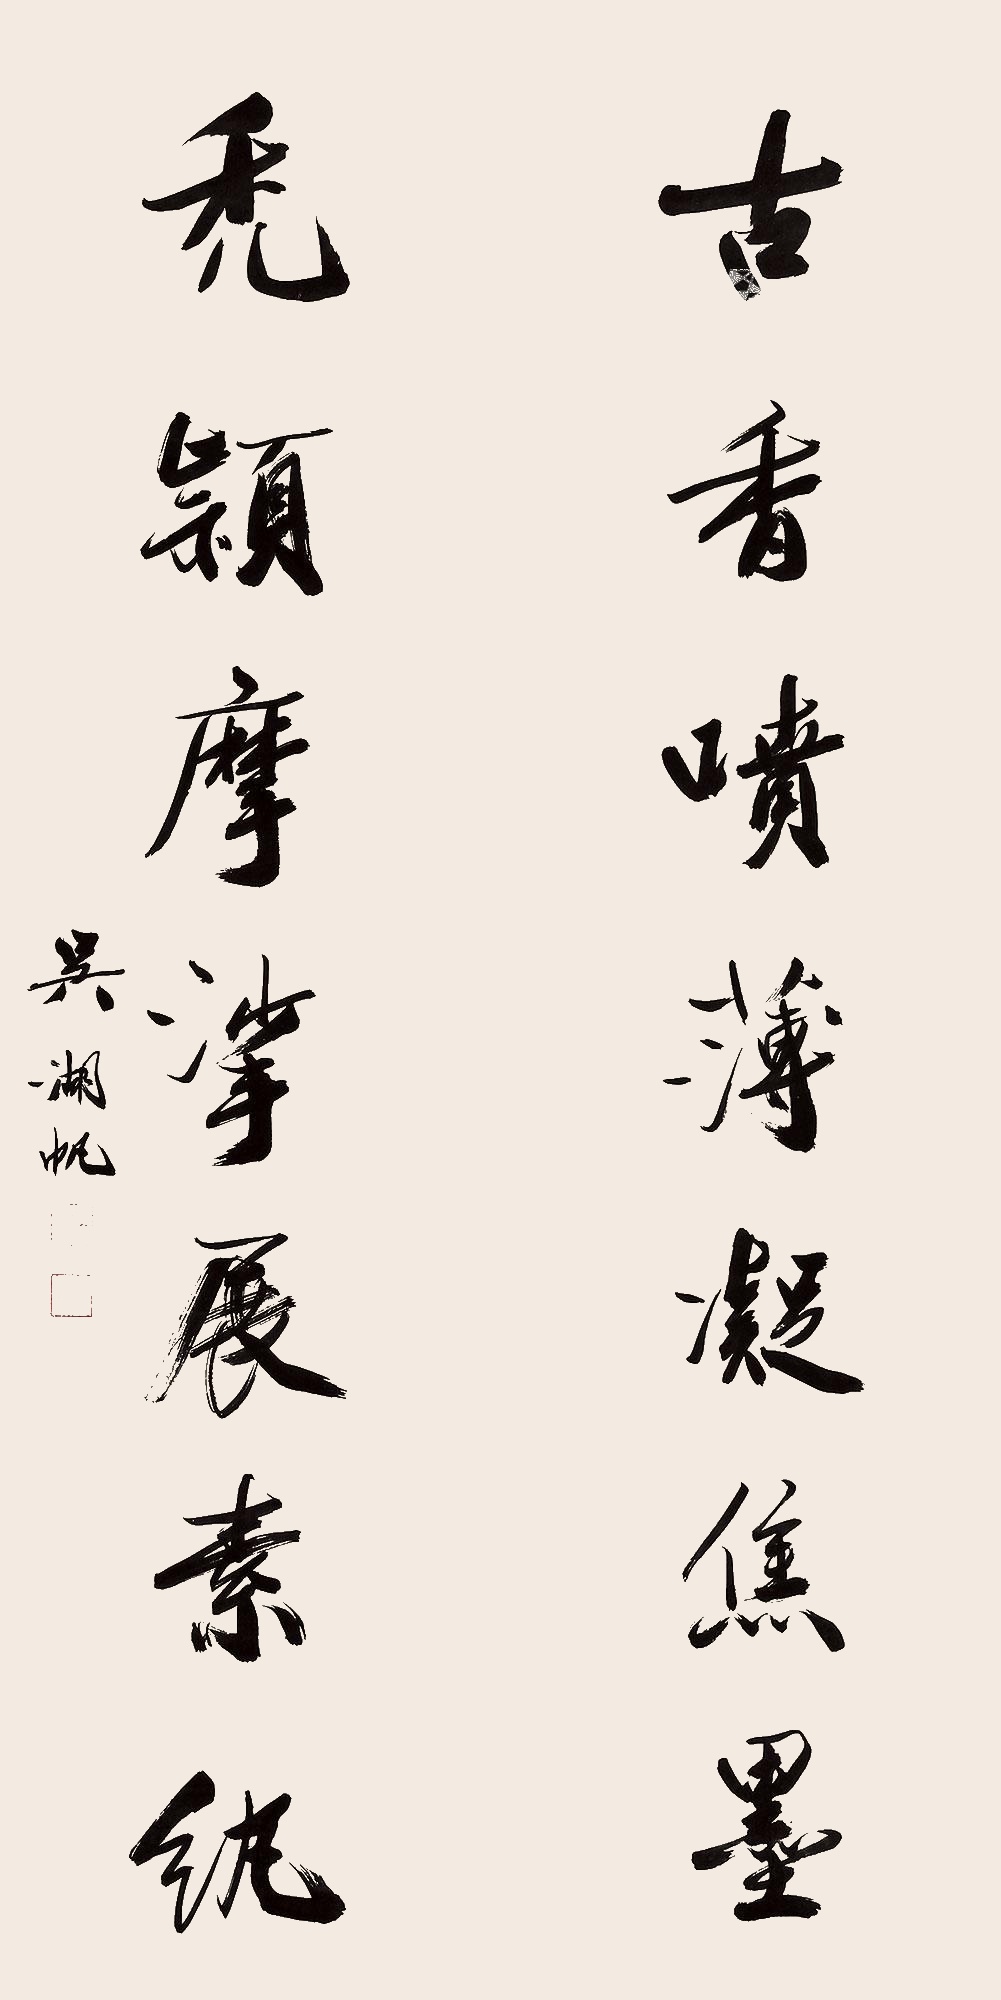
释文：古香喷薄凝焦墨，秃颖摩挲展素纨。吴湖帆。